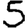
Digit: 5